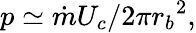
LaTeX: p\simeq{\dot{m}U_{c}}/2\pi{r_{b}}^{2},